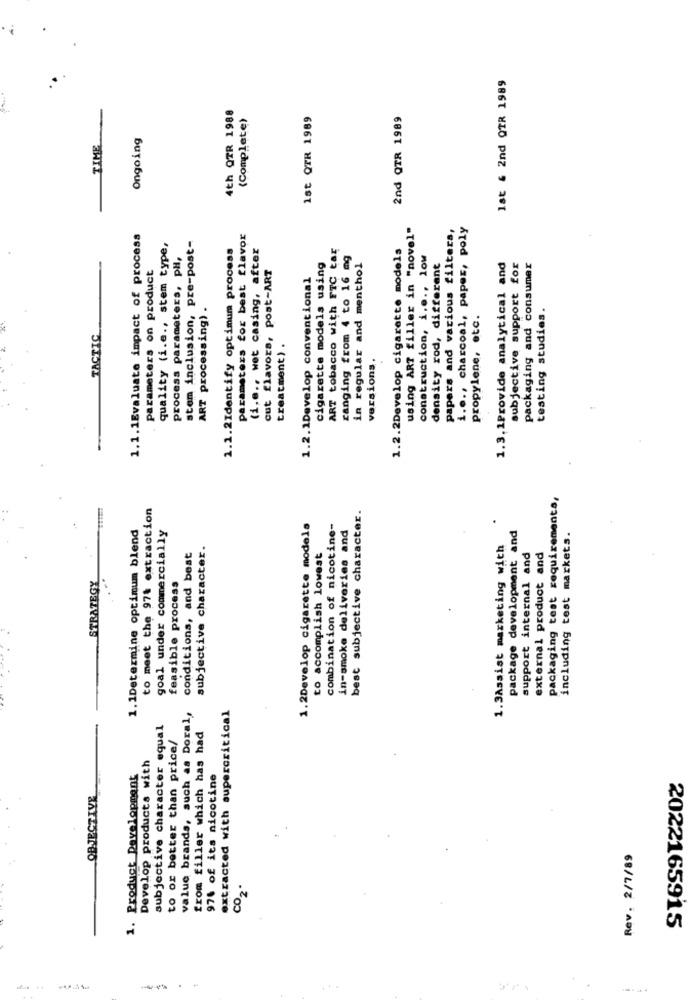
Ist & 2nd QTR 1989
4th QTR 1988
(Complete)
1st QTR 1989
2nd QTR 1989
Ongoing
TIME
using ART filler in "novel"
papers and various filters,
i.o ., charcoal, paper, poly
1.1.1Evaluate impact of process
stem inclusion, pre-post-
parameters for best flavor
quality (i.e ., stem type,
1.1.2Identify optimum process
(i.e ., wet casing, after
ART tobacco with FTC tax
1.2.2Develop cigarette models
process parameters, pH,
ranging from 4 to 16 mg
construction, i ..., low
parameters on product
cut flavors, post-ART
cigarette models using
in regular and menthol
density rod, different
1.3. 1Provide analytical and
subjective support for
packaging and consumer
1.2.1Develop conventional
ART processing) .
testing studies.
propylene, etc.
TACTIC
treatment) .
versions.
packaging test requirements,
to meet the 974 extraction
best subjective character.
1.1Determine optimum blend
1.2Develop cigarette models
combination of nicotine-
in-smoke deliveries and
package development and
goal under commercially
including test markets.
subjective character.
1.3Assist marketing with
conditions, and best
to accomplish lowest
support internal and
external product and
feasible process
STRATEGY
extracted with supercritical
value brands, such as Doral,
subjective character equal
to or better than price/
from filler which has had
1. Product Development
Develop products with
97% of its nicotine
Rev. 2/7/89
CO2ª
2022165915
-.-